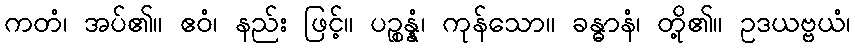
ကတံ၊ အပ်၏။ ဧဝံ၊ နည်း ဖြင့်။ ပဉ္စန္နံ၊ ကုန်သော။ ခန္ဓာနံ၊ တို့၏။ ဥဒယဗ္ဗယံ၊